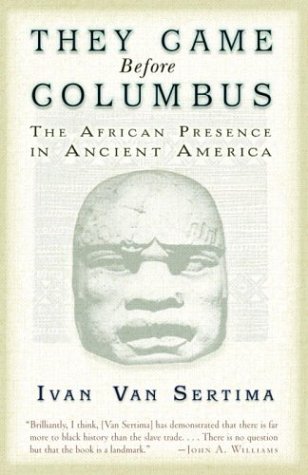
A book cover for They Came Before Columbus: The African Presence in Ancient America (Journal of African Civilizations); Ivan Van Sertima; History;